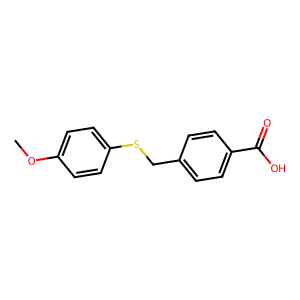
SMILES: COc1ccc(SCc2ccc(C(=O)O)cc2)cc1
Inhibits HIV replication: No